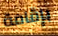
بإقامة